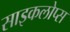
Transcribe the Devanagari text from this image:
साइकलोप्स